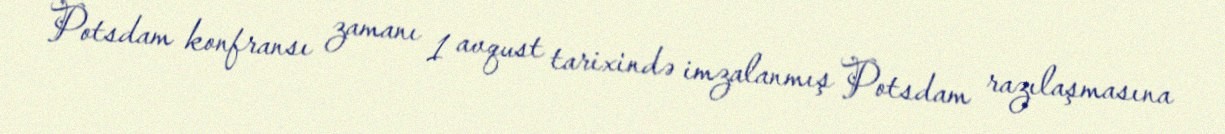
Potsdam konfransı zamanı 1 avqust tarixində imzalanmış Potsdam razılaşmasına